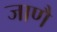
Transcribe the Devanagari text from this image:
जाणै